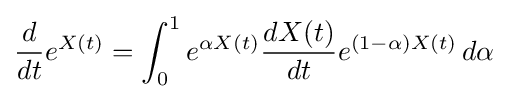
{\frac {d}{dt}}e^{X(t)}=\int _{0}^{1}e^{\alpha X(t)}{\frac {dX(t)}{dt}}e^{(1-\alpha )X(t)}\,d\alpha ~